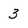
Character: 3